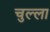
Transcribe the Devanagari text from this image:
चुल्ला